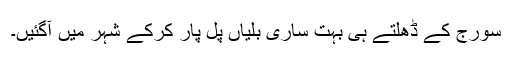
سورج کے ڈھلتے ہی بہت ساری بلّیاں پل پار کرکے شہر میں آگئیں۔